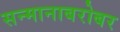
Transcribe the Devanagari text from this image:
सन्मानाबरोबर